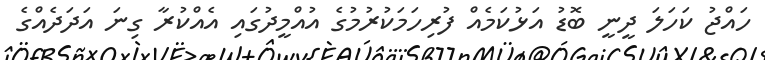
ހައްޖު ކަހަލަ ދީނީ ބޮޑު އަޅުކަމެއް ފުރިހަމަކުރުމުގެ އުއްމީދުގައި އެއްކުރާ ގިނަ އަދަދެއްގެ